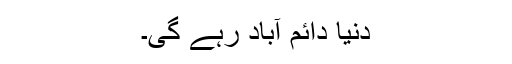
دنیا دائم آباد رہے گی۔